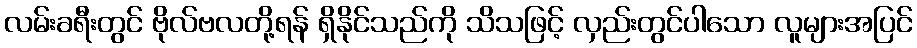
လမ်းခရီးတွင် ဗိုလ်ဗလတို့ရန် ရှိနိုင်သည်ကို သိသဖြင့် လှည်းတွင်ပါသော လူများအပြင်